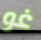
غو